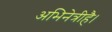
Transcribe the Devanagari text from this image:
अभिनेत्रीहै।